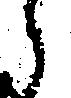
ら